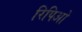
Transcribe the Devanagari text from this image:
रिपिओ